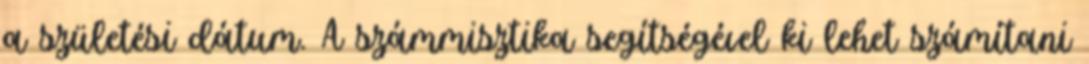
a születési dátum. A számmisztika segítségével ki lehet számítani